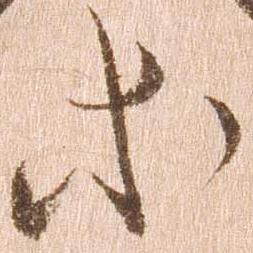
等